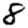
Digit: 8